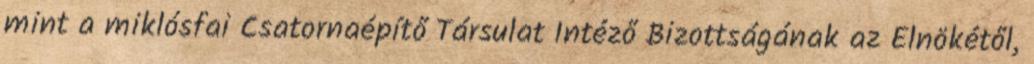
mint a miklósfai Csatornaépítő Társulat Intéző Bizottságának az Elnökétől,